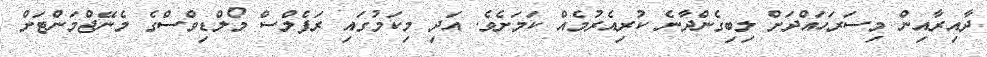
ދާއިރާއިން މިސަރަހައްދަށް ލިބިގެންދާނެ ކުރިއެރުމެއް ކަމަށެވެ. އަދި މިކަމުގައި ރަފެލްސް މޯލްޑިވްސްގެ މެނޭޖްމަންޓަށް